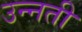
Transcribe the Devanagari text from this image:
उन्‍नती